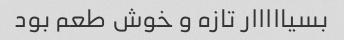
بسیااااار تازه و خوش طعم بود